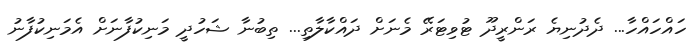
ހައްހައްހާ... ދެދުނިޔެ ރަންރީދޫ ޓުވިޓަރޭ މެނަށް ދައްކާލާތި... ތިބުނާ ޝަހުދީ މަނިކުފާނަށް އެމަނިކުފާނު